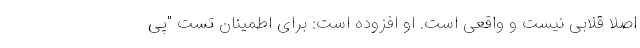
اصلا قلابی نیست و واقعی است. او افزوده است: برای اطمینان تست "پی‌